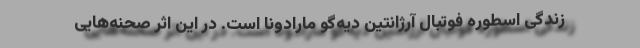
زندگی اسطوره فوتبال آرژانتین دیه‌گو مارادونا است. در این اثر صحنه‌هایی